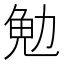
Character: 𪟟